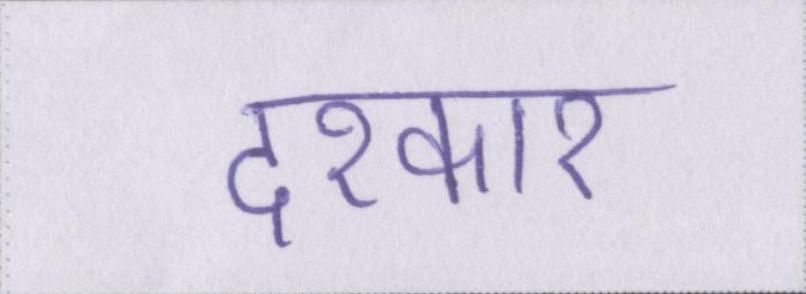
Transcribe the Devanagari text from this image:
दरकार